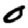
Digit: 0